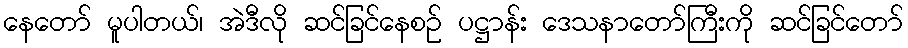
နေတော် မူပါတယ်၊ အဲဒီလို ဆင်ခြင်နေစဉ် ပဋ္ဌာန်း ဒေသနာတော်ကြီးကို ဆင်ခြင်တော်